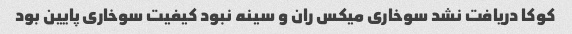
کوکا دریافت نشد سوخاری میکس ران و سینه نبود‌ کیفیت سوخاری پایین بود